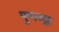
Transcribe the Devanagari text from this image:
पुष्पव्यूह